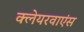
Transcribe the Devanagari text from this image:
क्लेयरवाएंस